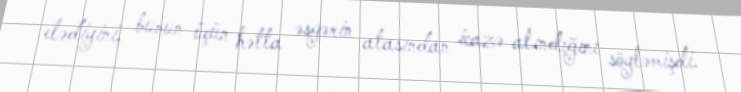
elədiyini, bunun üçün hətta əsgərin atasından icazə alındığını söyləmişdi.